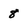
Character: 8